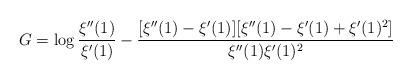
LaTeX: \begin{align*} G=\log\frac{\xi''(1)}{\xi'(1)}-\frac{[\xi''(1)-\xi'(1)][\xi''(1)-\xi'(1) +\xi'(1)^2]} {\xi''(1)\xi'(1)^2}\end{align*}